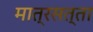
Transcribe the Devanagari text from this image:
मात्रसत्ता